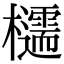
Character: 𪴠